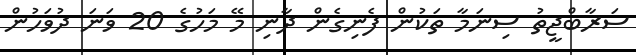
ސަރާބްޖީތު ސިނަމާ ތަކުން ފެނިގެން ދާނި މޭ މަހުގެ 20 ވަނަ ދުވަހުން